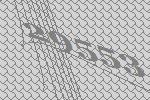
29553